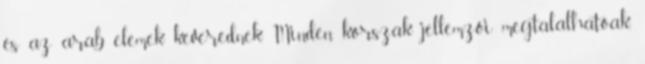
és az arab elemek keverednek. Minden korszak jellemzői megtalálhatóak,